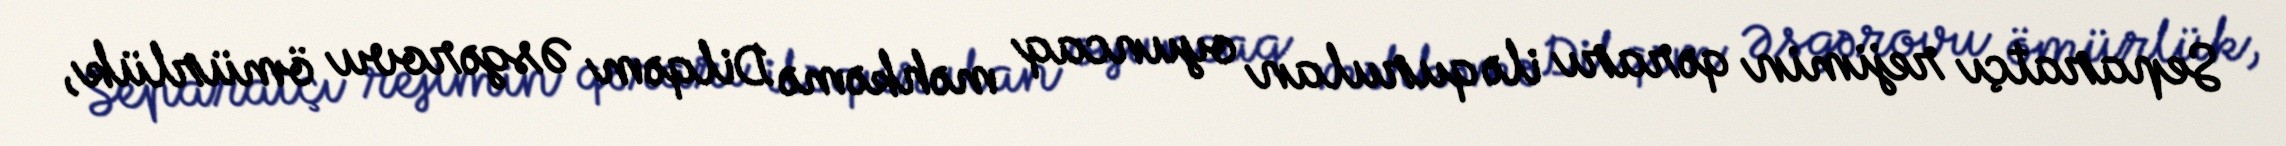
Separatçı rejimin qərarı ilə qurulan oyuncaq məhkəmə Dilqəm Əsgərovu ömürlük,